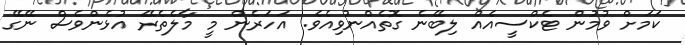
ކަމަށް ވުމުން ޓެކްސީއެއް ލިބޭނެ ގޮތެއްނުވިއެވެ. އަހަރެން މީ މާލެތެރޭ އުޅެންވެސް ނޭގޭ